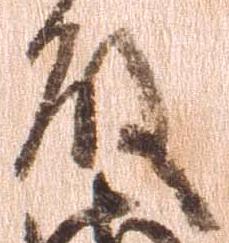
殿